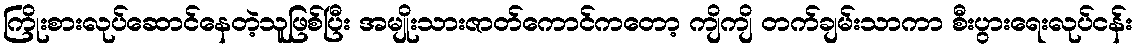
ကြိုးစားလုပ်ဆောင်နေတဲ့သူဖြစ်ပြီး အမျိုးသားဇာတ်ကောင်ကတော့ ကျိကျိ တက်ချမ်းသာကာ စီးပွားရေးလုပ်ငန်း